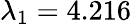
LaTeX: \lambda_{1}=4.216